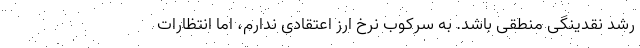
رشد نقدینگی منطقی باشد. به سرکوب نرخ ارز اعتقادی ندارم، اما انتظارات